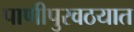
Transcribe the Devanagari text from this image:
पाणीपुरवठयात